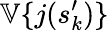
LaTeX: \mathbb{V}\{ j(s_{k}^{\prime})\}